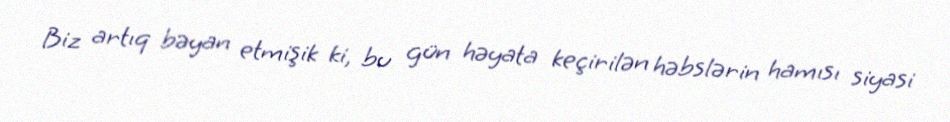
Biz artıq bəyan etmişik ki, bu gün həyata keçirilən həbslərin hamısı siyasi